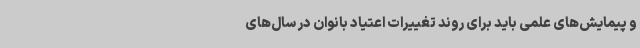
و پیمایش‌های علمی باید برای روند تغییرات اعتیاد بانوان در سال‌های